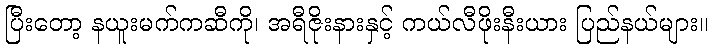
ပြီးတော့ နယူးမက်ကဆီကို၊ အရီဇိုးနားနှင့် ကယ်လီဖိုးနီးယား ပြည်နယ်များ။